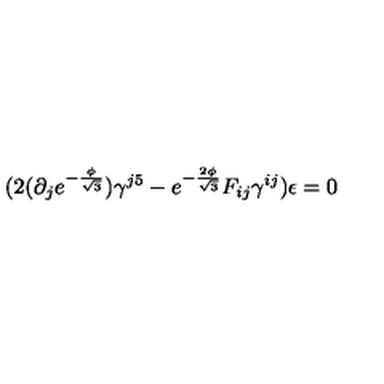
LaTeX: ( 2 ( \partial _ { j } e ^ { - \frac { \phi } { \sqrt { 3 } } } ) \gamma ^ { j 5 } - e ^ { - \frac { 2 \phi } { \sqrt { 3 } } } F _ { i j } \gamma ^ { i j } ) \epsilon = 0